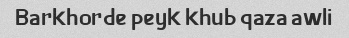
Barkhorde peyk khub qaza awli